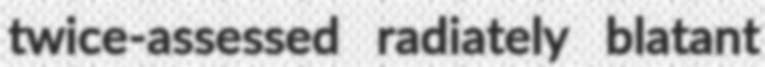
twice-assessed radiately blatant